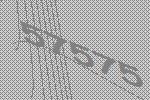
57575